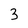
Character: 3